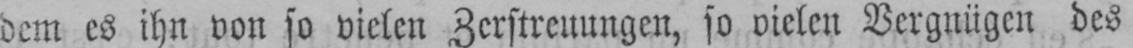
dem es ihn von so vielen Zerstreuungen, so vielen Vergnügen des